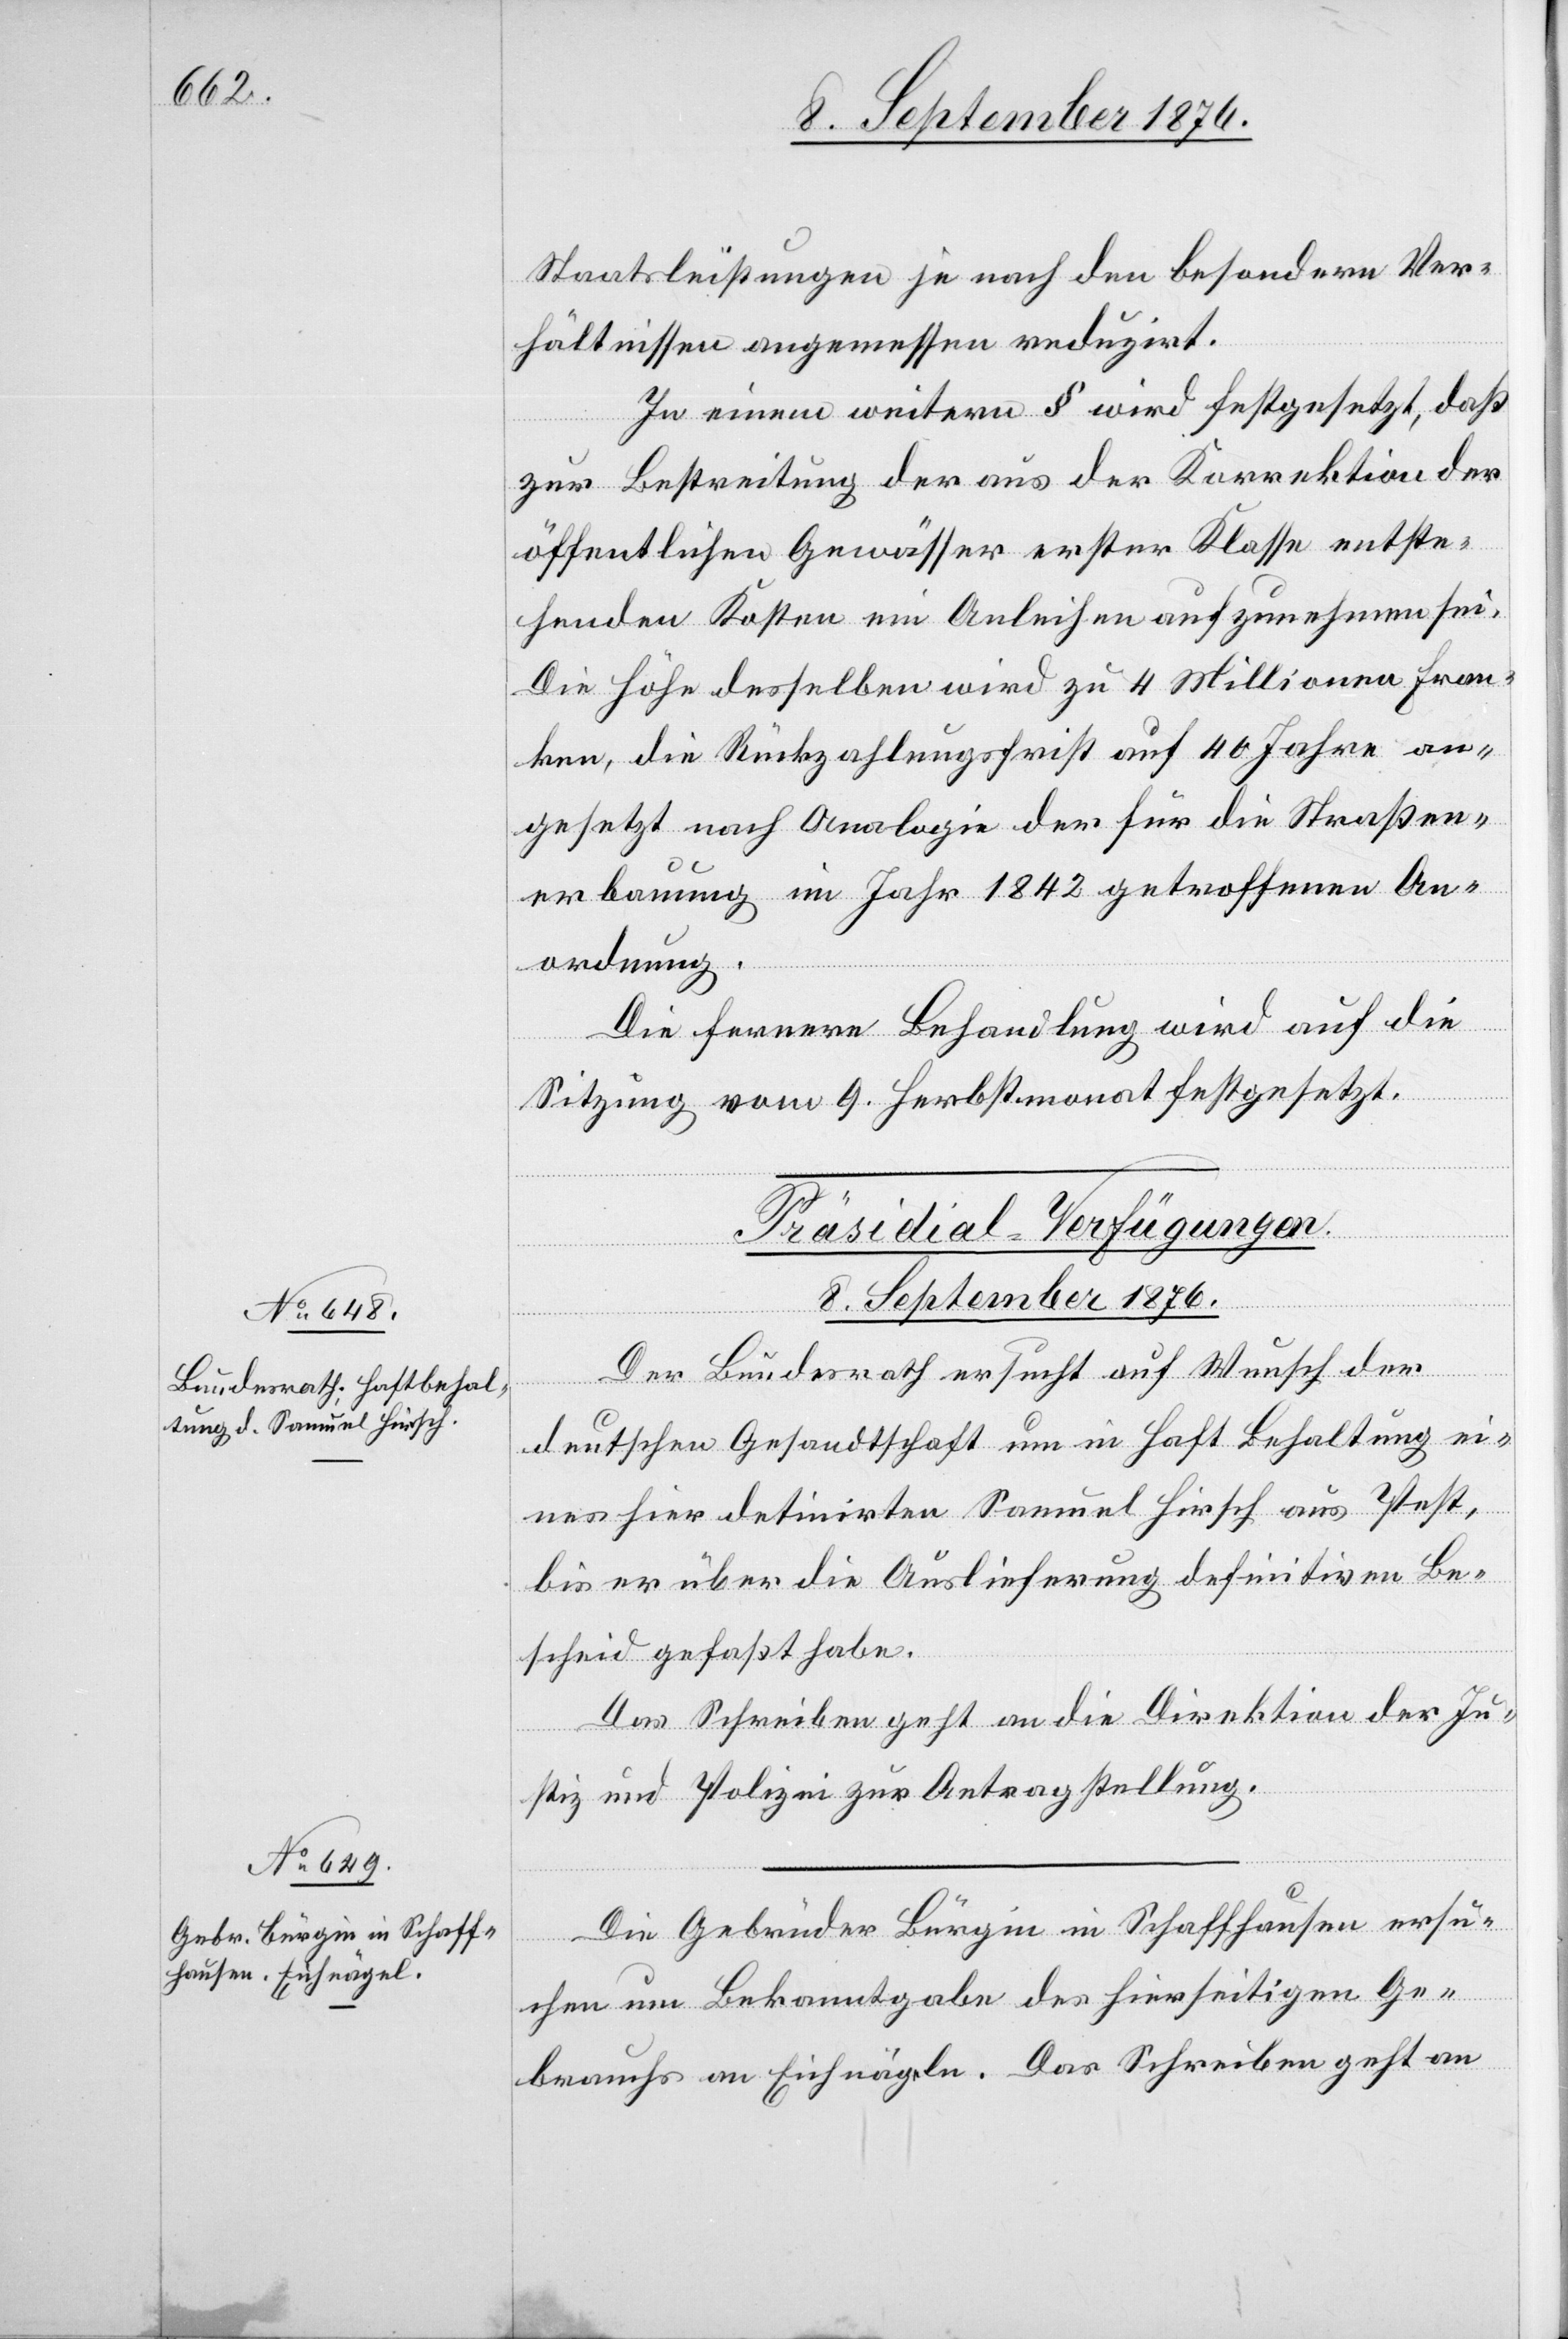
Staatsleistungen je nach den besondern Ver¬
hältnisse angemessen reduzirt.
In einem weitern § wird festgesetzt, daß
zur Bestreitung der aus der Korrektion der
öffentlichen Gewässer erster Klasse entste¬
henden Kosten ein Anleihen aufzunehmen sei.
Die Höhe desselben wird zu 4 Millionen Fran¬
ken, die Rückzahlungsfrist auf 40 Jahre an¬
gesetzt nach Analogie der für die Straßen¬
erbauung im Jahr 1842 getroffenen An¬
ordnung.
Die fernere Behandlung wird auf die
Sitzung vom 9. Herbstmonat festgesetzt.
[Präsidial-Verfügungen.
8. September 1876.]
Der Bundesrath ersucht auf Wunsch der
deutschen Gesandtschaft um in Haft Behaltung ei¬
nes hier detinirten Samuel Hirsch aus Pest,
bis er über die Auslieferung definitiven Be¬
scheid gefaßt habe.
Das Schreiben geht an die Direktion der Ju¬
stiz und Polizei zur Antragstellung.
Die Gebrüder Bürgin in Schaffhausen ersu¬
chen um Bekanntgabe des hierseitigen Ge¬
brauchs an Eichnägeln. Das Schreiben geht an